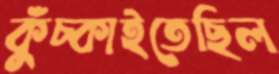
কুঁচ্‌কাইতেছিল